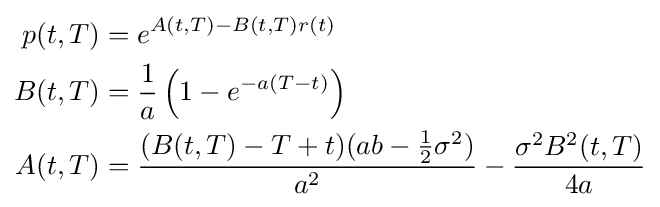
{\begin{aligned}p(t,T)&=e^{A(t,T)-B(t,T)r(t)}\\B(t,T)&={\frac {1}{a}}\left(1-e^{-a(T-t)}\right)\\A(t,T)&={\frac {(B(t,T)-T+t)(ab-{\frac {1}{2}}\sigma ^{2})}{a^{2}}}-{\frac {\sigma ^{2}B^{2}(t,T)}{4a}}\end{aligned}}